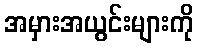
အမှားအယွင်းများကို